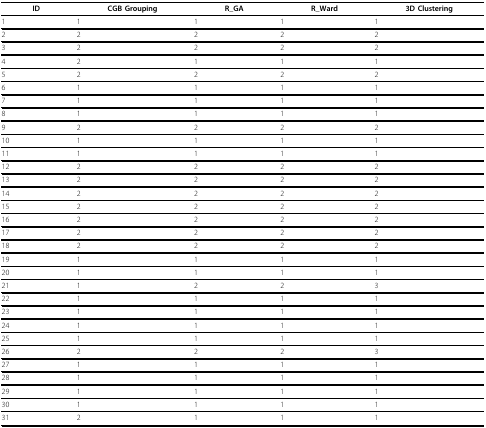
| ID | CGB Grouping | R_GA | R_Ward | 3D Clustering |
 | --- | --- | --- | --- | --- |
 | 1 | 1 | 1 | 1 | 1 |
 | 2 | 2 | 2 | 2 | 2 |
 | 3 | 2 | 2 | 2 | 2 |
 | 4 | 2 | 1 | 1 | 1 |
 | 5 | 2 | 2 | 2 | 2 |
 | 6 | 1 | 1 | 1 | 1 |
 | 7 | 1 | 1 | 1 | 1 |
 | 8 | 1 | 1 | 1 | 1 |
 | 9 | 2 | 2 | 2 | 2 |
 | 10 | 1 | 1 | 1 | 1 |
 | 11 | 1 | 1 | 1 | 1 |
 | 12 | 2 | 2 | 2 | 2 |
 | 13 | 2 | 2 | 2 | 2 |
 | 14 | 2 | 2 | 2 | 2 |
 | 15 | 2 | 2 | 2 | 2 |
 | 16 | 2 | 2 | 2 | 2 |
 | 17 | 2 | 2 | 2 | 2 |
 | 18 | 2 | 2 | 2 | 2 |
 | 19 | 1 | 1 | 1 | 1 |
 | 20 | 1 | 1 | 1 | 1 |
 | 21 | 1 | 2 | 2 | 3 |
 | 22 | 1 | 1 | 1 | 1 |
 | 23 | 1 | 1 | 1 | 1 |
 | 24 | 1 | 1 | 1 | 1 |
 | 25 | 1 | 1 | 1 | 1 |
 | 26 | 2 | 2 | 2 | 3 |
 | 27 | 1 | 1 | 1 | 1 |
 | 28 | 1 | 1 | 1 | 1 |
 | 29 | 1 | 1 | 1 | 1 |
 | 30 | 1 | 1 | 1 | 1 |
 | 31 | 2 | 1 | 1 | 1 |